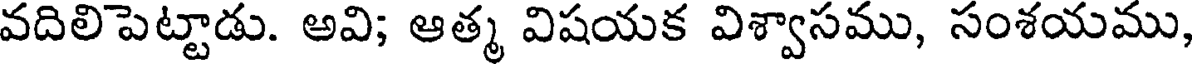
వదిలిపెట్టాడు. అవి; ఆత్మ విషయక విశ్వాసము, సంశయము,